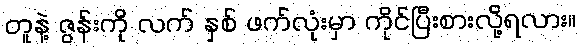
တူနဲ့ ဇွန်းကို လက် နှစ် ဖက်လုံးမှာ ကိုင်ပြီးစားလို့ရလား။